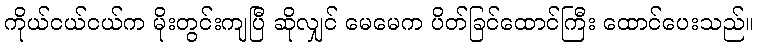
ကိုယ်ငယ်ငယ်က မိုးတွင်းကျပြီ ဆိုလျှင် မေမေက ပိတ်ခြင်ထောင်ကြီး ထောင်ပေးသည်။